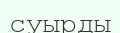
суырды